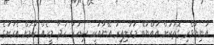
އަނިޔާވެރި ގޮތަކަށް އައްޔުބޭ މަރާލިއިރު އޭނާއަކީ ސިހުރު ހަދާ މީހެއް ކަމަށް އެރަށުގެ